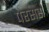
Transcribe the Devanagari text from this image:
परसर्स